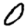
Digit: 0